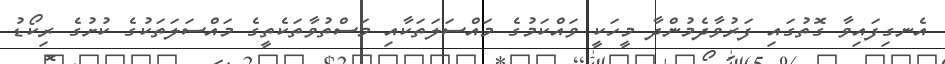
އެނގިފައިވާ ގޮތުގައި ފަރުވާދެމުންދާ މީހަކީ ވައްކަމުގެ މައްސަލަތަކާއި މަސްތުވާތަކެތީގެ މައްސަލަތަކުގެ ކުށުގެ ރިކޯޑު